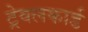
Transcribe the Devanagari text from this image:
ट्रेवलकार्ड